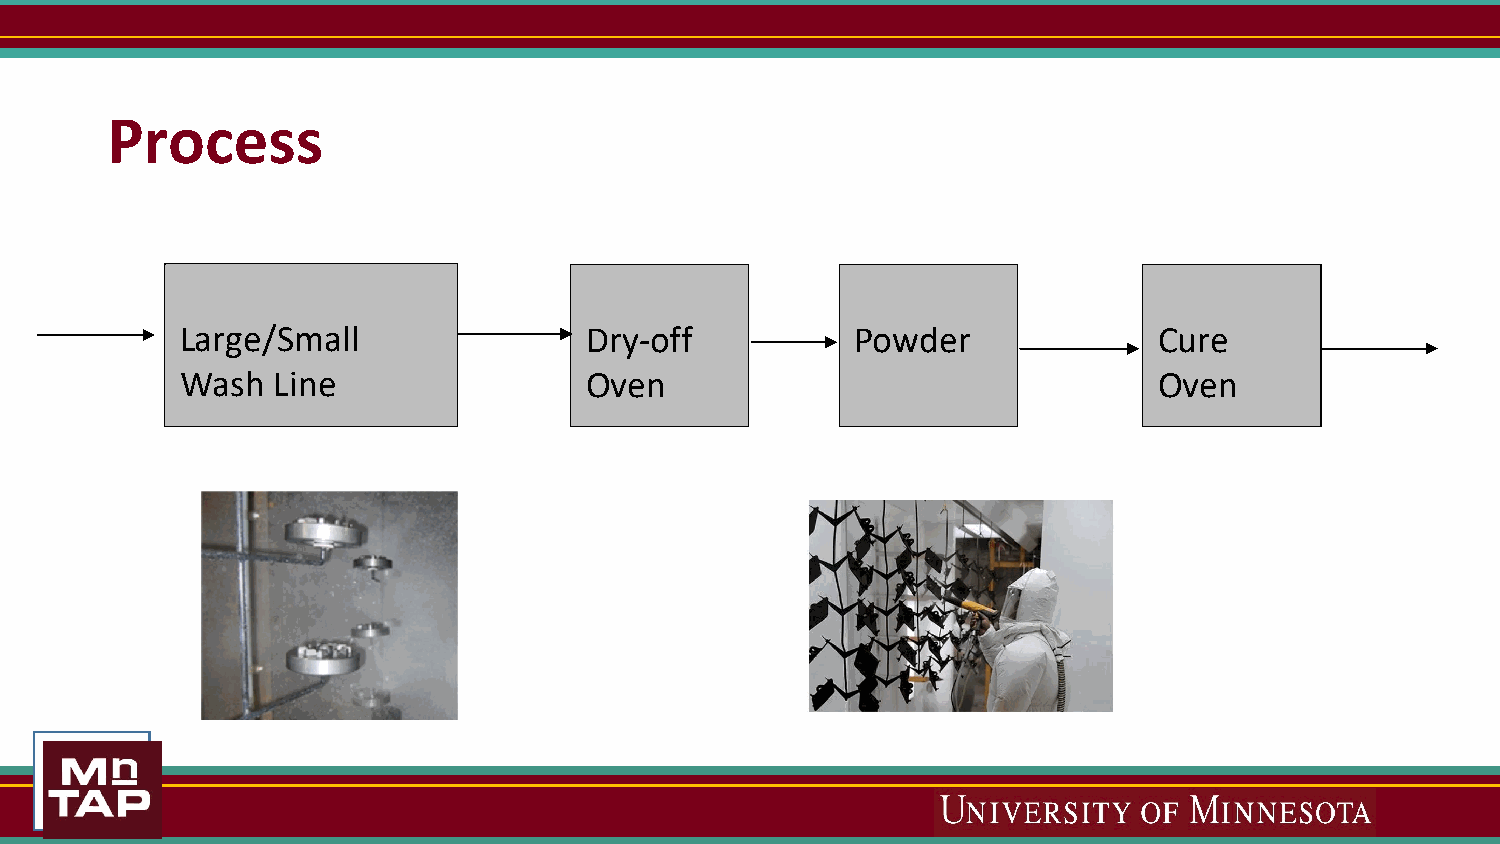
Process
 Large/Small                Dry-off           Powder              Cure
 Wash  Line                 Oven                                  Oven